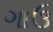
ગાઉ